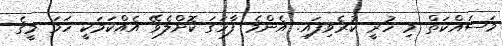
މަސައްކަތް މި ހުރީ ކުރެވިފައި. އެންމެ ފާހަގަ ކޮށްލެވޭ އެއްކަމަކީ ހަމަ މީގެ